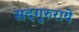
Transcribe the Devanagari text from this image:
सदगुरुराये